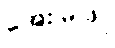
အေးမြဖြူ